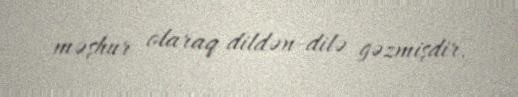
məşhur olaraq dildən-dilə gəzmişdir.